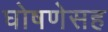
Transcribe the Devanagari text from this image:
घोषणेसह